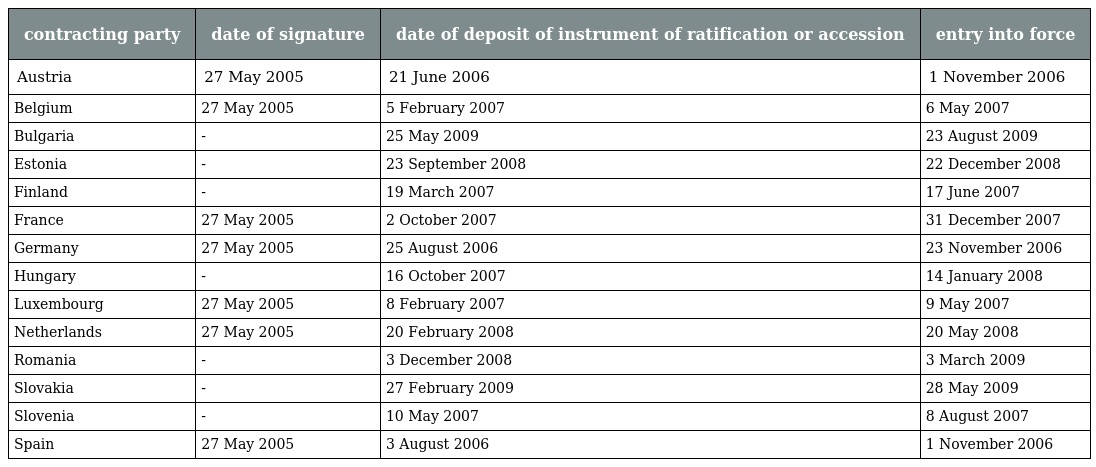
| contracting party | date of signature | date of deposit of instrument of ratification or accession | entry into force |
 | --- | --- | --- | --- |
 | Austria | 27 May 2005 | 21 June 2006 | 1 November 2006 |
 | Belgium | 27 May 2005 | 5 February 2007 | 6 May 2007 |
 | Bulgaria | - | 25 May 2009 | 23 August 2009 |
 | Estonia | - | 23 September 2008 | 22 December 2008 |
 | Finland | - | 19 March 2007 | 17 June 2007 |
 | France | 27 May 2005 | 2 October 2007 | 31 December 2007 |
 | Germany | 27 May 2005 | 25 August 2006 | 23 November 2006 |
 | Hungary | - | 16 October 2007 | 14 January 2008 |
 | Luxembourg | 27 May 2005 | 8 February 2007 | 9 May 2007 |
 | Netherlands | 27 May 2005 | 20 February 2008 | 20 May 2008 |
 | Romania | - | 3 December 2008 | 3 March 2009 |
 | Slovakia | - | 27 February 2009 | 28 May 2009 |
 | Slovenia | - | 10 May 2007 | 8 August 2007 |
 | Spain | 27 May 2005 | 3 August 2006 | 1 November 2006 |